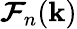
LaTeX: \boldsymbol{\mathcal{F}}_{n}(\textbf{k})